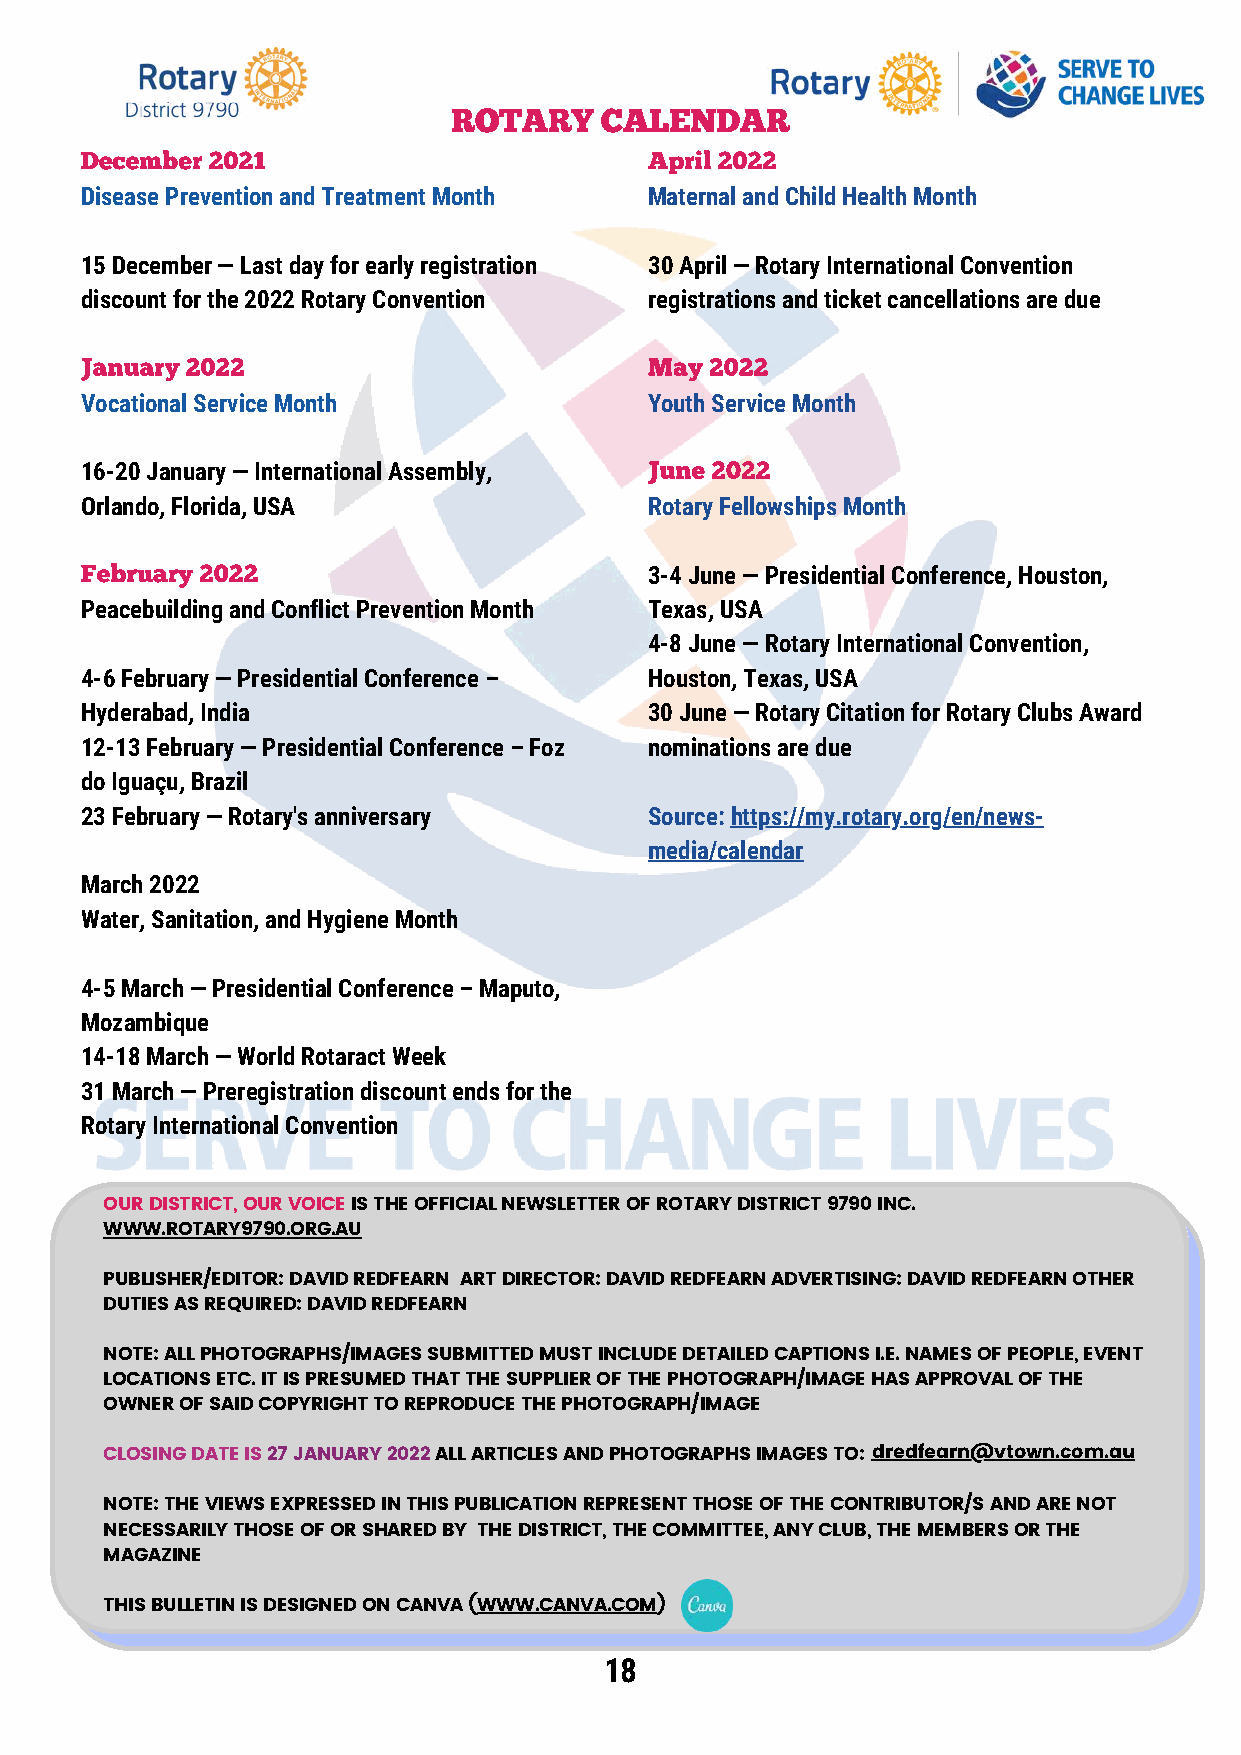
ROTARY    CALENDAR
 December 2021                         April 2022
 Disease Prevention and Treatment Month Maternal and Child Health Month
 15 December — Last day for early registration 30 April — Rotary International Convention
 discount for the 2022 Rotary Convention registrations and ticket cancellations are due
 January 2022                          May 2022
 Vocational Service Month              Youth Service Month
 June 2022
 16-20 January — International Assembly,
 Orlando, Florida, USA                 Rotary Fellowships Month
 February 2022
 3-4 June — Presidential Conference, Houston,
 Peacebuilding and Conflict Prevention Month Texas, USA
 4-8 June — Rotary International Convention,
 4-6 February — Presidential Conference – Houston, Texas, USA
 Hyderabad, India                      30 June — Rotary Citation for Rotary Clubs Award
 12-13 February — Presidential Conference – Foz nominations are due
 do Iguaçu, Brazil
 23 February — Rotary's anniversary    Source: https://my.rotary.org/en/news-
 media/calendar
 March 2022
 Water, Sanitation, and Hygiene Month
 4-5 March — Presidential Conference – Maputo,
 Mozambique
 14-18 March — World Rotaract Week
 31 March — Preregistration discount ends for the
 Rotary International Convention
 OUR DISTRICT, OUR VOICE IS THE OFFICIAL NEWSLETTER OF ROTARY DISTRICT 9790 INC.
 WWW.ROTARY9790.ORG.AU
 PUBLISHER/EDITOR: DAVID REDFEARN ART DIRECTOR: DAVID REDFEARN ADVERTISING: DAVID REDFEARN OTHER
 DUTIES AS REQUIRED: DAVID REDFEARN
 NOTE: ALL PHOTOGRAPHS/IMAGES SUBMITTED MUST INCLUDE DETAILED CAPTIONS I.E. NAMES OF PEOPLE, EVENT
 LOCATIONS ETC. IT IS PRESUMED THAT THE SUPPLIER OF THE PHOTOGRAPH/IMAGE HAS APPROVAL OF THE
 OWNER OF SAID COPYRIGHT TO REPRODUCE THE PHOTOGRAPH/IMAGE
 CLOSING DATE IS 27 JANUARY 2022 ALL ARTICLES AND PHOTOGRAPHS IMAGES TO: dredfearn@vtown.com.au
 NOTE: THE VIEWS EXPRESSED IN THIS PUBLICATION REPRESENT THOSE OF THE CONTRIBUTOR/S AND ARE NOT
 NECESSARILY THOSE OF OR SHARED BY THE DISTRICT, THE COMMITTEE, ANY CLUB, THE MEMBERS OR THE
 MAGAZINE
 THIS BULLETIN IS DESIGNED ON CANVA (WWW.CANVA.COM)
 18